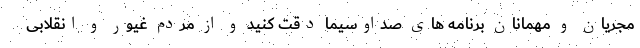
مجریان و مهمانان برنامه های صداوسیما دقت کنید و از مردم غیور و انقلابی